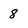
Character: 8